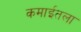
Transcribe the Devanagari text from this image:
कमाईतला